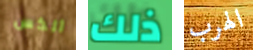
ألكس ذلك الهرب